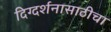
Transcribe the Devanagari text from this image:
दिग्दर्शनासाठीचा